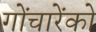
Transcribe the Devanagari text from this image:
गोंचारेंको